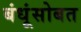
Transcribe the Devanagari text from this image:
बंधूंसोबत